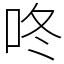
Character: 咚